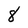
Character: 8